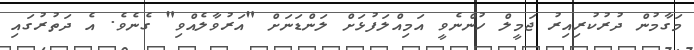
މަގާމުން ދުުރުކުރިއިރު ޖަމީލް ހުންނެވީ އަމިއްލަފުޅަށް ލަންޑަނަށް "އަރުވާލެއްވި" ގެނެވެ. އެ ދަތުރުގައި